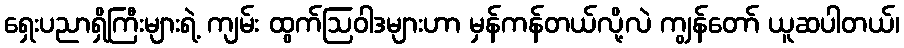
ရှေးပညာရှိကြီးများရဲ့ ကျမ်း ထွက်ဩဝါဒများဟာ မှန်ကန်တယ်လို့လဲ ကျွန်တော် ယူဆပါတယ်၊